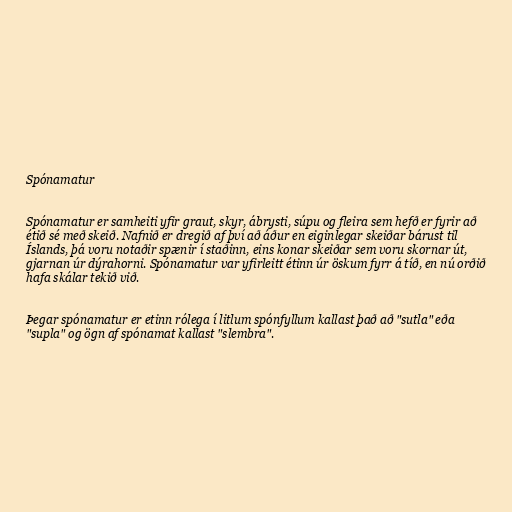
Spónamatur

Spónamatur er samheiti yfir graut, skyr, ábrysti, súpu og fleira sem hefð er fyrir að
étið sé með skeið. Nafnið er dregið af því að áður en eiginlegar skeiðar bárust til
Íslands, þá voru notaðir spænir í staðinn, eins konar skeiðar sem voru skornar út,
gjarnan úr dýrahorni. Spónamatur var yfirleitt étinn úr öskum fyrr á tíð, en nú orðið
hafa skálar tekið við.

Þegar spónamatur er etinn rólega í litlum spónfyllum kallast það að "sutla" eða
"supla" og ögn af spónamat kallast "slembra".